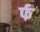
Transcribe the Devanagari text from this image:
र्फ